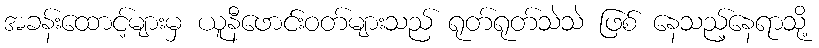
အခန်းထောင့်များမှ ယူနီဖောင်းဝတ်များသည် ရုတ်ရုတ်သဲသဲ ဖြစ် နေသည့်နေရာသို့